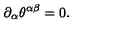
\partial _ { \alpha } \theta ^ { \alpha \beta } = 0 .